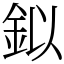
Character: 鉯